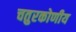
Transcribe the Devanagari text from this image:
चतुरकोणीय